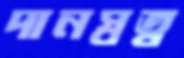
দানস্বত্ব